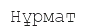
Нұрмат